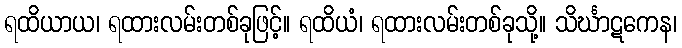
ရထိယာယ၊ ရထားလမ်းတစ်ခုဖြင့်။ ရထိယံ၊ ရထားလမ်းတစ်ခုသို့။ သိင်္ဃာဋကေန၊